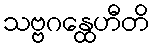
သဗ္ဗဂန္ထေဟီတိ